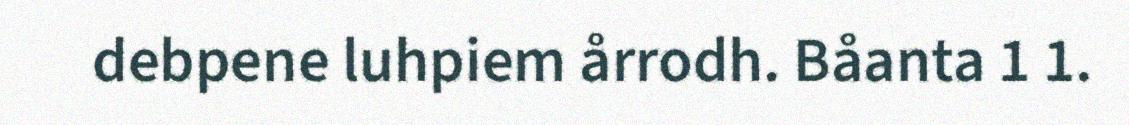
debpene luhpiem årrodh. Båanta 1 1.